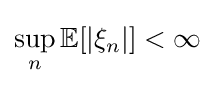
\sup \limits _{n}\mathbb {E} [|\xi _{n}|]<\infty